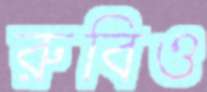
রুবিও